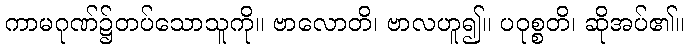
ကာမဂုဏ်၌တပ်သောသူကို။ ဗာလောတိ၊ ဗာလဟူ၍။ ပဝုစ္စတိ၊ ဆိုအပ်၏။